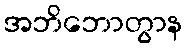
အဘိဘောတွာန